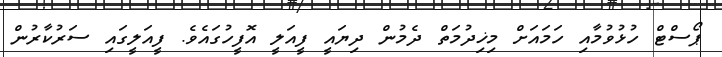
ޕޯސްޓް ހުޅުވުމާއި ހަމައަށް މިޚިދުމަތް ދެމުން ދިޔައީ ފީއަލީ އޮފީހުގައެވެ. ފީއަލީގައި ސަރުކާރުން